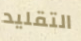
التقليد